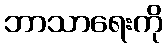
ဘာသာရေးကို